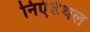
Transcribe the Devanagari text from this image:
निएंर्डेथल